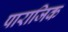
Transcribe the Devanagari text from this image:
पाराजिक